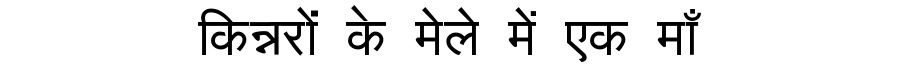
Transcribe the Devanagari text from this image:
किन्नरों के मेले में एक माँ